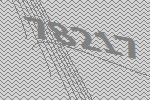
78217